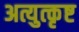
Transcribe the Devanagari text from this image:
अत्युत्‍कृष्ट